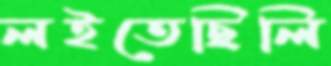
লইতেছিলি